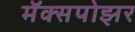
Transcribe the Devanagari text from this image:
मॅक्सपोझर